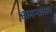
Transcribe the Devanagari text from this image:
श्वासनालात